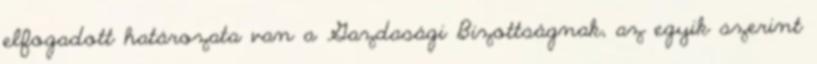
elfogadott határozata van a Gazdasági Bizottságnak, az egyik szerint